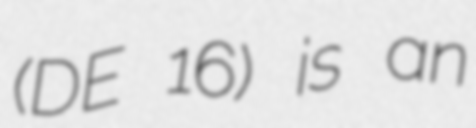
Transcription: (DE 16) is an